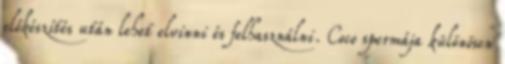
előkészítés után lehet elvinni és felhasználni. Coco spermája különösen